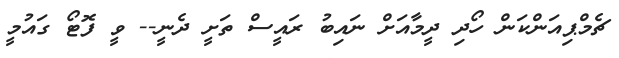
ޗެމްޕިއަންކަން ހޯދި ދީމާއަށް ނައިބު ރައީސް ތަށީ ދެނީ-- ވީ ފޮޓޯ ގައުމީ